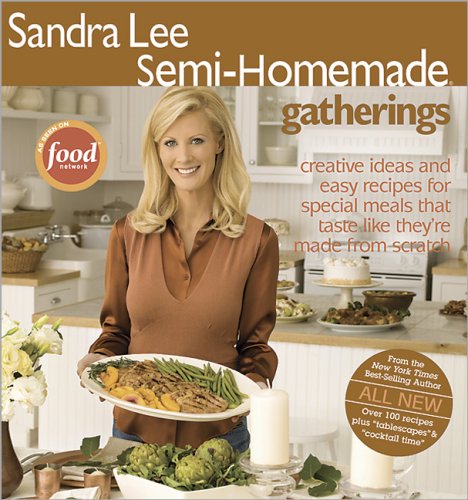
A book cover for Sandra Lee Semi-Homemade Gatherings; Sandra Lee; Cookbooks, Food & Wine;